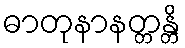
ဓာတုနာနတ္တန္တိ